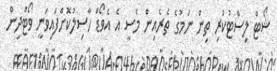
ޝޯޓް ލިސްޓުކުރި ތިން ނަމުގެ ތެރެއިން މެސީ އެ އެވޯޑް ހާސިލުކޮށްފައިވަނީ ވޯޓްދިން